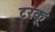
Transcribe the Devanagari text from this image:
टरकू